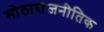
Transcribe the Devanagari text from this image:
मोठाराजनीतिक